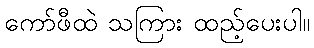
ကော်ဖီထဲ သကြား ထည့်ပေးပါ။